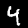
Digit: 4